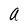
Character: a